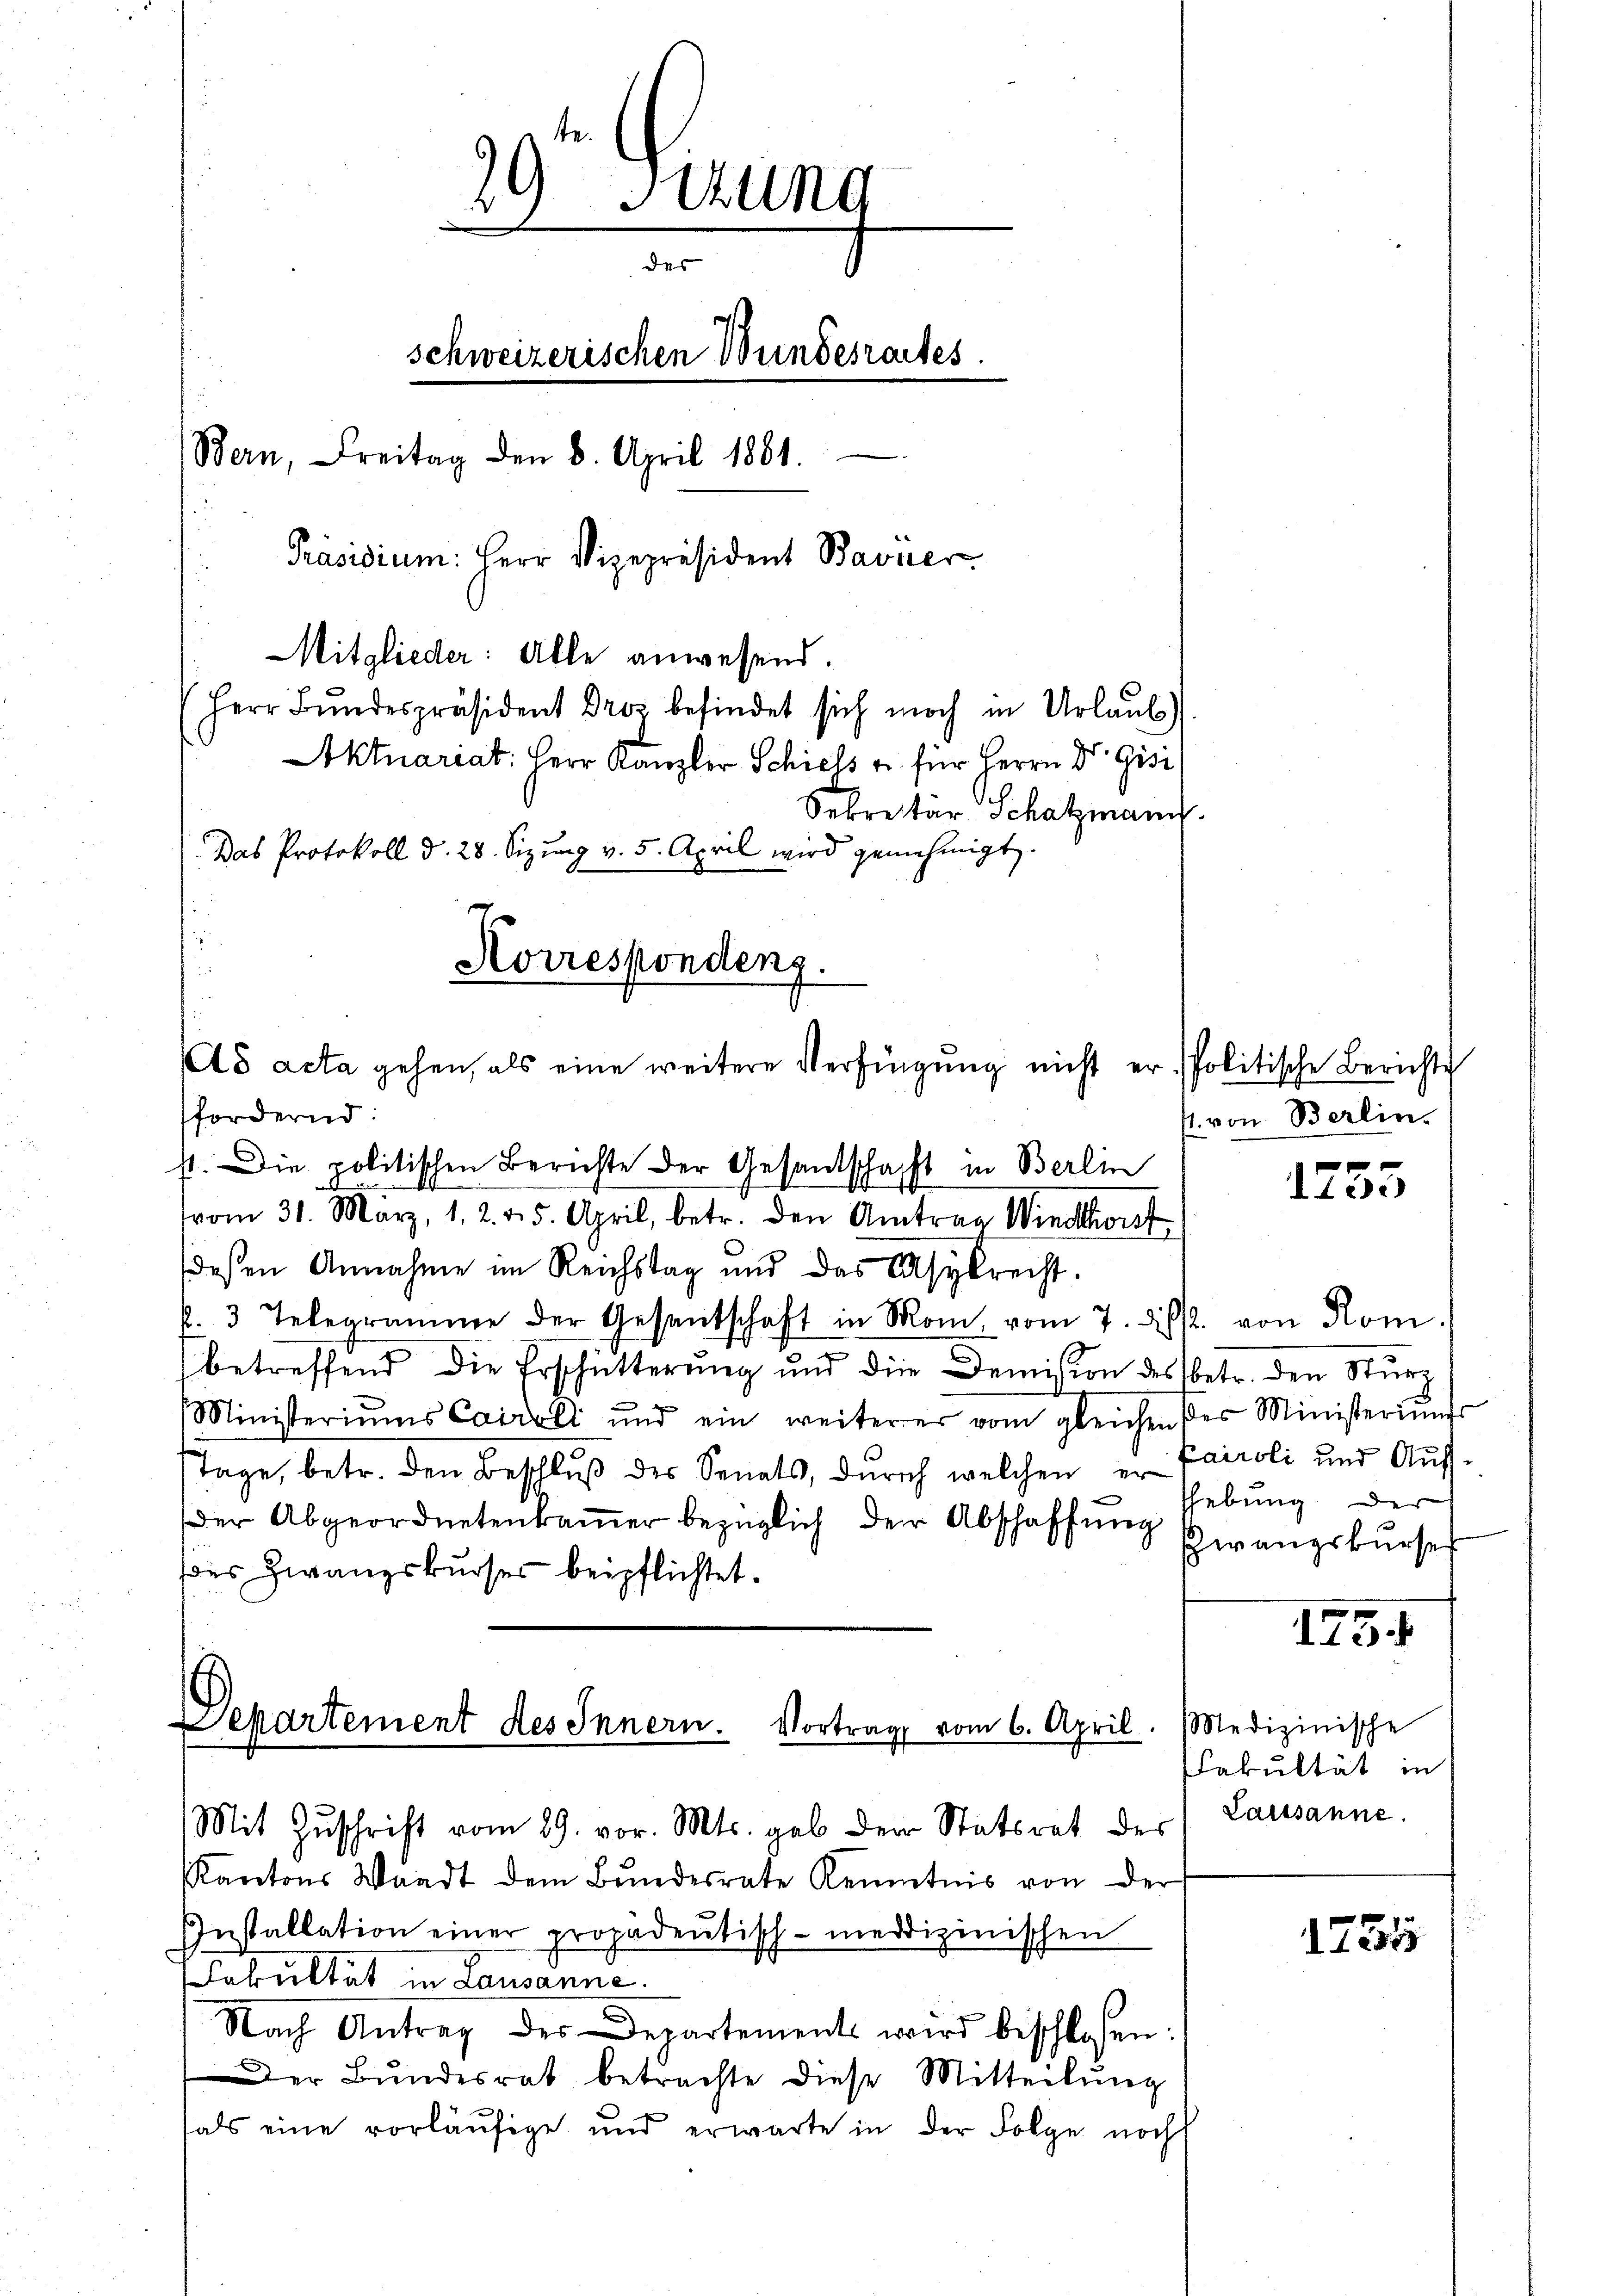
29 Stung
des
schweizerischen Wundesrates.
Bern, Freitag den 8. April 1881.
Präsidium: Herr Vizepräsident Bavier
Mitglieder: Alle anwesend.
(Herr Bundespräsident Dros befindet sich noch in Urlaub
Aktuariat: Herr Kanzler Schiess u. für Herrn Dr. Gisi
Sekretär Schatzmann.
Das Protokoll d. 28. Sizung v. 5. April wird genehmigt.

Korrespondenz.
8 acta gehen, als eine weitere Verfügung nicht er politische Berichte
fordernd

st. Die politischen Berichte der Gesandschaft in Berlin
vom 31. März, 1. 2. 25. April, betr. den Antrag Windont
deßen Annahme im Reichstag und das Asylrecht.
l. 3 Telegramme der Gesantschaft in Mom, vom 7. ds. von Rom.
betreffend die Erschütterung und die Demission des betr. den Sturz
Ministeriums Cairoli und ein weiterer vom gleichen der Ministeriŭms
Tage, betr. den Beschlŭβ des Senats, dŭrch welchen in Paroli und Aŭf-
der Abgeordnetenkamer bezüglich der Abschaffung
ses Zwangskurses beipflichtet.
Departement des Innern. Vortrag vom 6. April. Medizinische
Mit Zŭschrift vom 29. vor. Mts. gab der Statsrat der Lausanne.
Kantons Waadt dem Bundesrate Kenntnis von der
Installation einer propadentisch-meddizinischen
Fakultät in Lausanne.
Nach Antrag des Departement wird beschlossen:
Der Bundesrat betrachte diese Mitteilŭng
als eine vorläufige und erwarte in der Folge noch

4. von Berlin.

x
Lee

hebung der
schwangskurses

1451

Fakultät in

1731